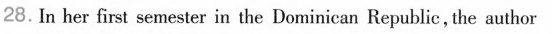
28.In ber first senester in the Dominican Republie,the author